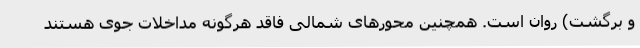
و برگشت) روان است. همچنین محورهای شمالی فاقد هرگونه مداخلات جوی هستند